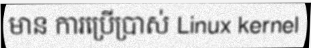
មាន ការប្រើប្រាស់ Linux kernel